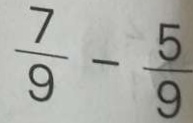
\frac { 7 } { 9 } - \frac { 5 } { 9 }